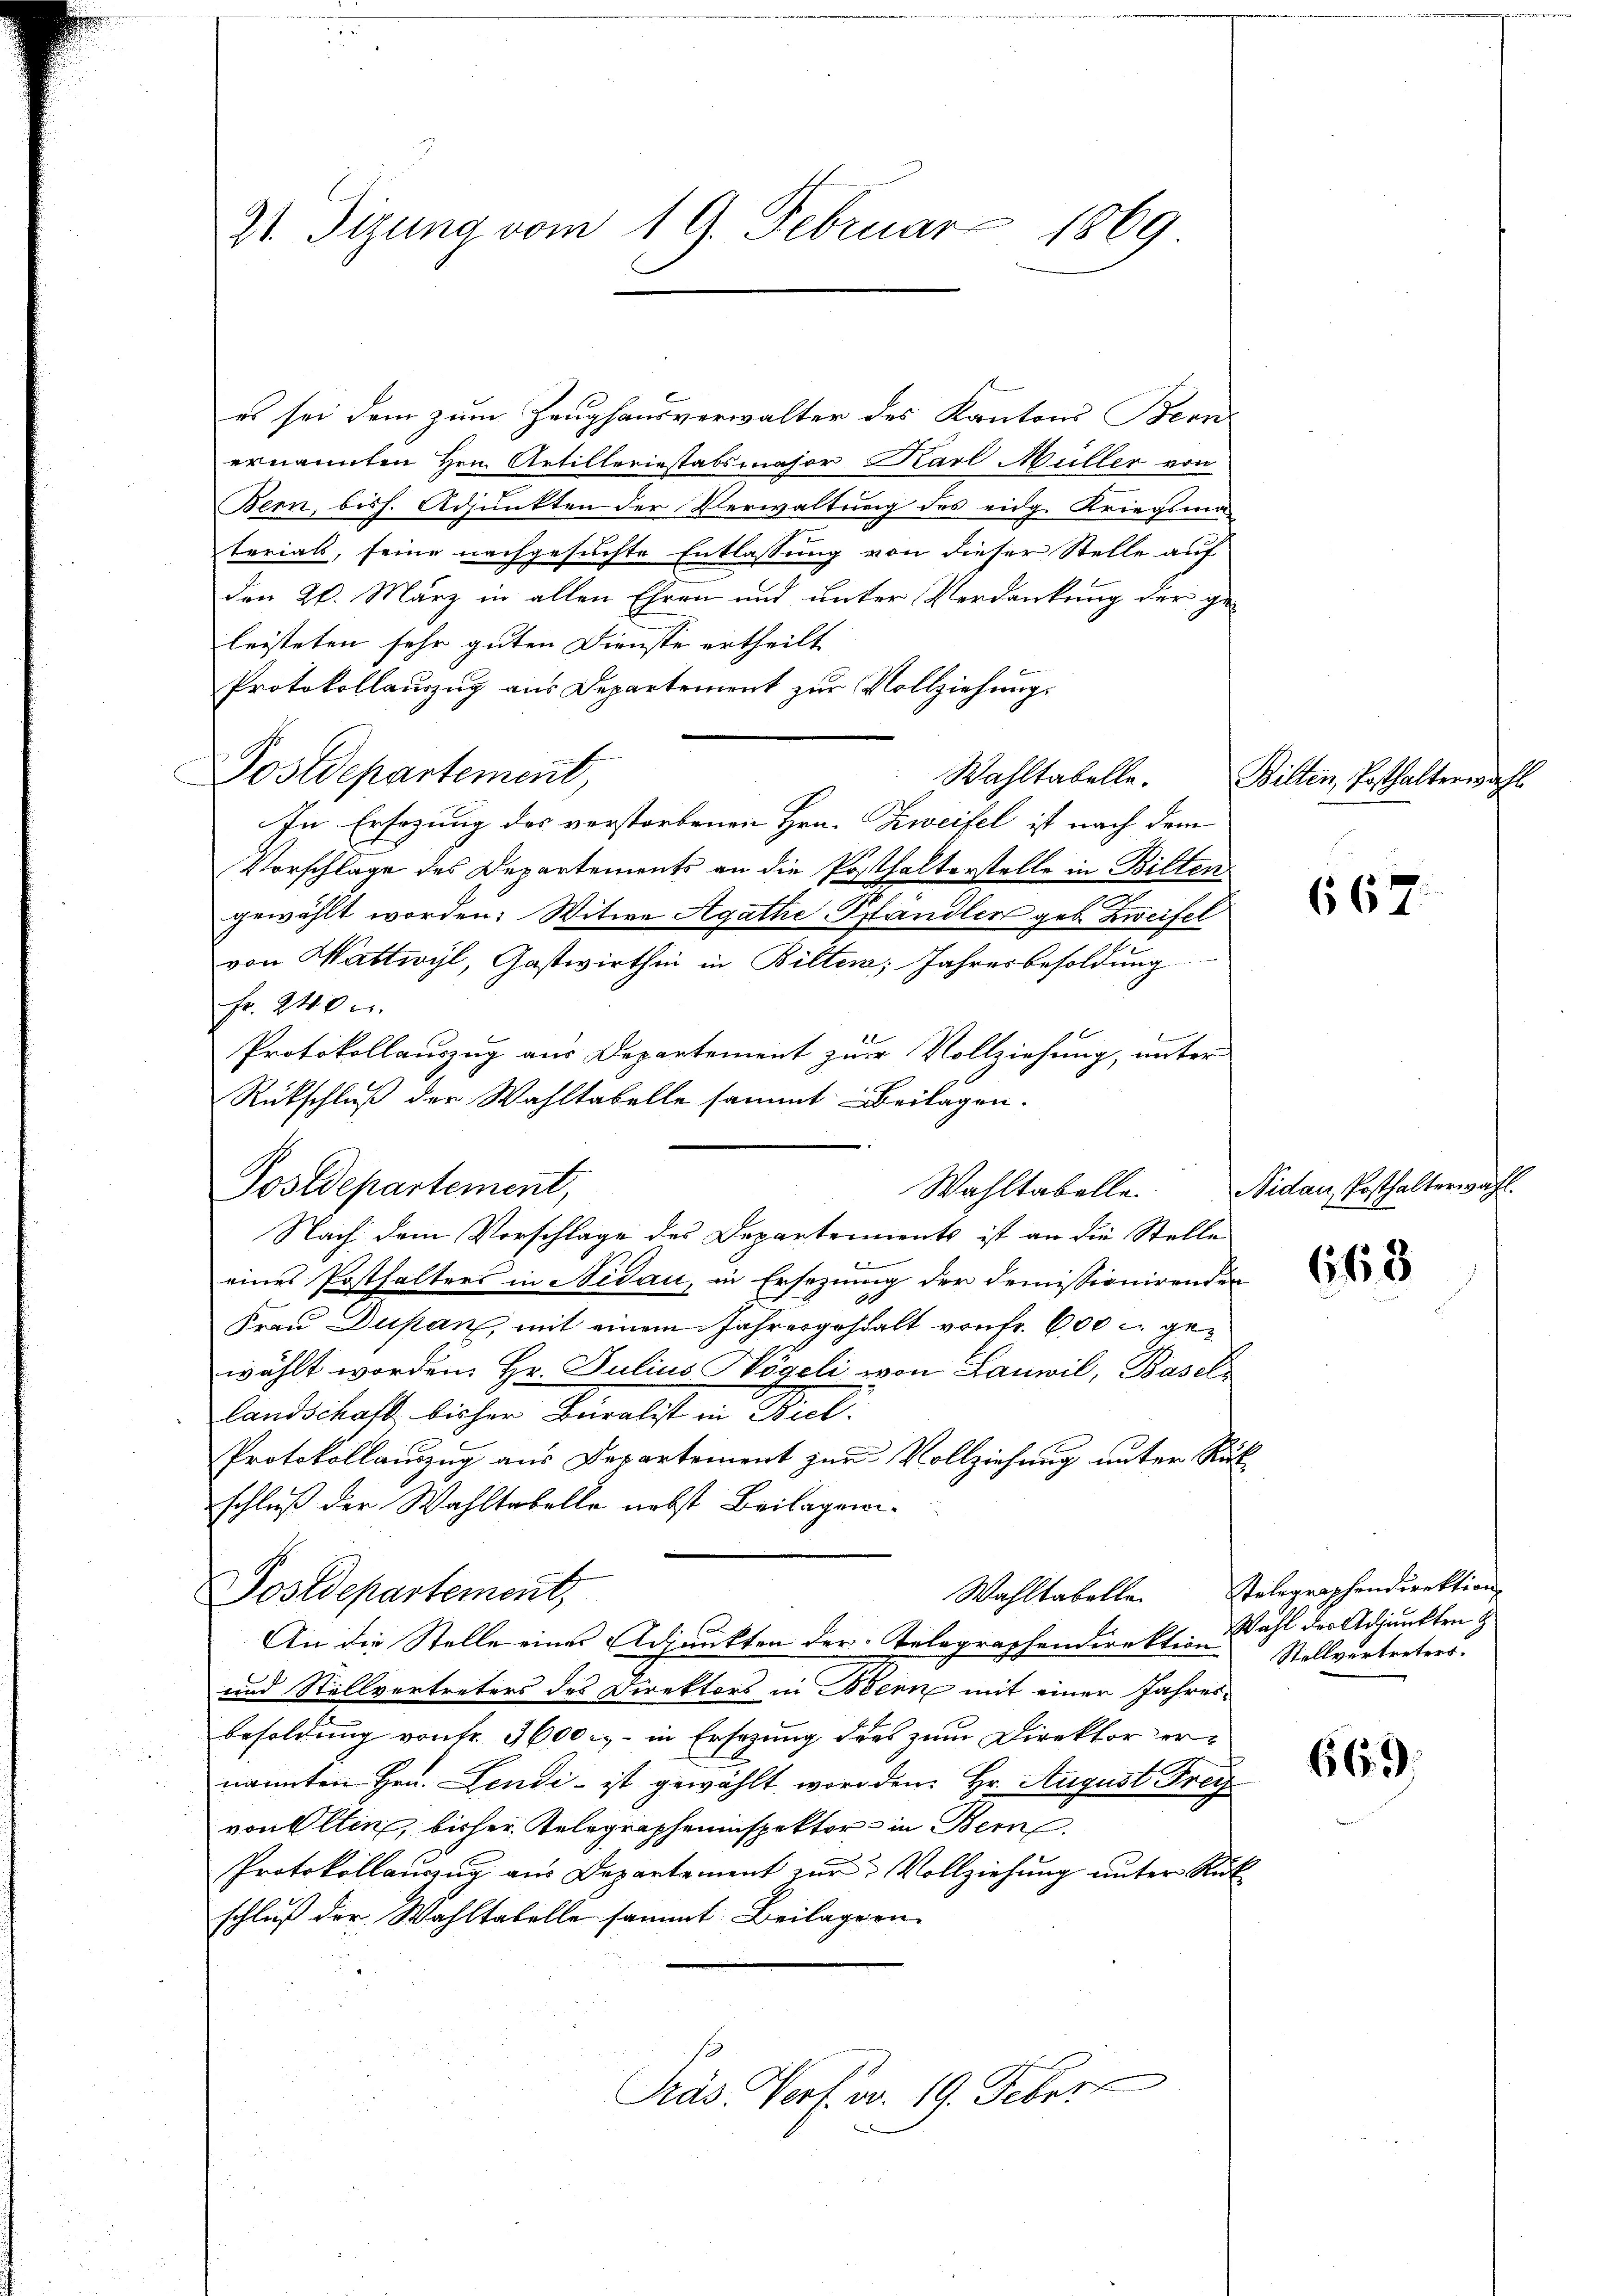
21 Tizung vom 1. 9. Februar 1869.

es sei dem zum Zeughausverwalter des Kantons Bern
ernannten Hern Artilleriestabsmajor Karl Müller von
Bern, bish. Adjunkten der Verwaltung des eidg. Kriegsmaterials, seine nachgesuchte Entlassung von dieser Stelle auf
den 20. März in allen Ehren und unter Verdankung der geleisteten sehr guten Dienste ertheilt
Protokollauszug aus Departement zur Vollziehungs
Postdepartement
Wahltabelle.
In Ersezung des verstorbenen Hrn. Zweifel ist nach dem
Vorschlage des Departements an die Posthalterstelle in Bilten
gewählt worden: Witwe Agathe Pfändlen geb. Zweifel
von Wattwyl, Gastwirthin in Bilten; Jahresbesoldung
Fr. 240 u.
Protokollauszug aus Departement zur Vollziehung, unter
Rückschluß der Wahltabelle sammt Beilagen.
Postdepartement,
Wahltabelle
eines Posthalters in Nidau, in Ersezung der demissionirenden
Frau Dupan, mit einem Jahresgestalt von Fr. 600 u. gewählt worden Hr. Julius Wögeli von Lauwil, Basel
landschaft bisher Veralist in Bet
Protokollauszug aus Departement zur Vollziehung unter Rut
schluß der Wahltabelle nebst Beilageni¬
Postdepartement,
Wahltabelle.
An die Stelle eines Adjunkten der Telegraphendirektion
und Stellvertreters des Direktors in Kenne mit einer Jahresbesoldung von Fr. 3600.- in Ersezung ders zum Direktor ernannten Hrn. Lendi- ist gewählt worden Hr. August Frey
von Ellin, bisher Telegrapheninspektor in Bern
Protokollauszug aus Departement zur Vollziehung unter Rück
schluß der Wahltabelle sammt Beilagern
Pras Verf. v. 19. Feber

Nach dem Vorschlage des Departements ist an die Stelle

Bilten, Posthalterwahl

667

Nidau, Posthalterwahl.

668

Telegraphendirektion
Wahl des Adjunkten &
Stellvertreters.

66. 9.